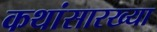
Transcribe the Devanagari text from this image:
कथांसारख्या